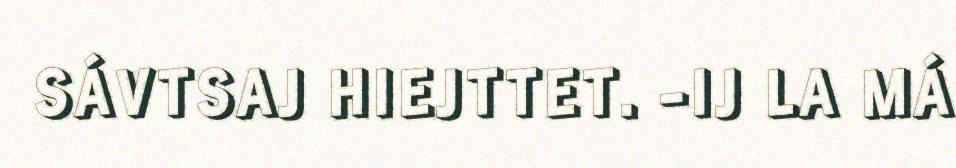
SÁVTSAJ HIEJTTET. -IJ LA MÁ